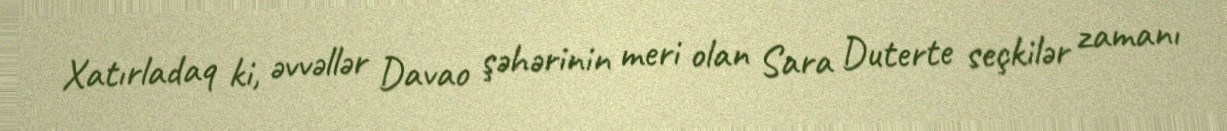
Xatırladaq ki, əvvəllər Davao şəhərinin meri olan Sara Duterte seçkilər zamanı